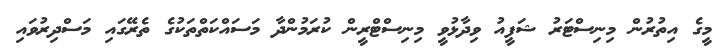
މީގެ އިތުރުން މިނިސްޓަރު ޝަފީއު ވިދާޅުވީ މިނިސްޓްރީން ކުރަމުންދާ މަސައްކަތްތަކުގެ ތެރޭގައި މަސްދިރުވައި